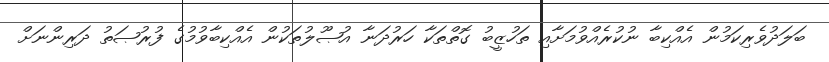
ބަލަދުވެރިކަމުން އެއްކިބާ ނުކުރެއްވުމަށާއި ތަހުޒީބު ގޮތްތަކާ ހަރުދަނާ އުޞޫލުތަކުން އެއްކިބާވުމުގެ ފުރުޞަތު ދަރިންނަށް